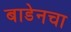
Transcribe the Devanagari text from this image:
बाडेनचा